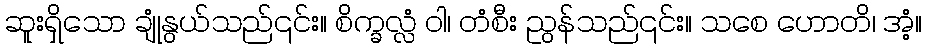
ဆူးရှိသော ချုံနွယ်သည်၎င်း။ စိက္ခလ္လံ ဝါ၊ တံစီး ညွန်သည်၎င်း။ သစေ ဟောတိ၊ အံ့။